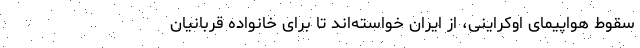
سقوط هواپیمای اوکراینی، از ایران خواسته‌اند تا برای خانواده‌ قربانیان